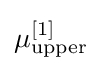
\mu _{\text{upper}}^{[1]}